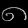
Digit: ၈